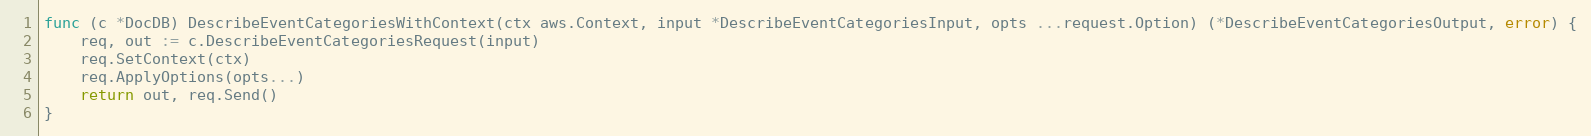
Language: Go
func (c *DocDB) DescribeEventCategoriesWithContext(ctx aws.Context, input *DescribeEventCategoriesInput, opts ...request.Option) (*DescribeEventCategoriesOutput, error) {
	req, out := c.DescribeEventCategoriesRequest(input)
	req.SetContext(ctx)
	req.ApplyOptions(opts...)
	return out, req.Send()
}